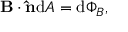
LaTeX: \mathbf { B } \cdot \mathbf { \hat { n } } \mathrm { d } A = \mathrm { d } \Phi _ { B } , \,